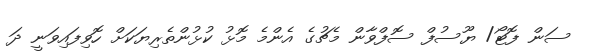
ސަން ފޮޓޯ/ ޔޫސުފް ސޮފްވާން މެޗުގެ އެންމެ މޮޅު ކުޅުންތެރިޔަކަށް ހޮވިފައިވަނީ ދަ